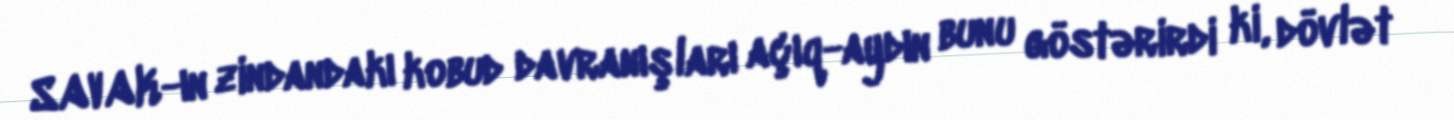
SAVAK-ın zindandakı kobud davranışları açıq-aydın bunu göstərirdi ki, dövlət